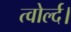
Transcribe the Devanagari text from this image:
त्वोर्ल्द।